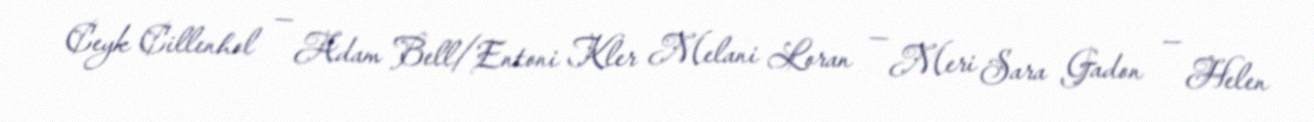
Ceyk Cillenhol — Adam Bell/Entoni Kler Melani Loran — Meri Sara Gadon — Helen